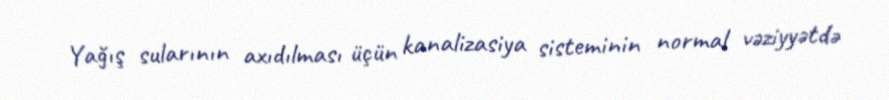
Yağış sularının axıdılması üçün kanalizasiya sisteminin normal vəziyyətdə